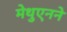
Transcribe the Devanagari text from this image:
मेथुएनने